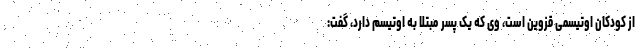
از کودکان اوتیسمی قزوین است، وی که یک پسر مبتلا به اوتیسم دارد، گفت: